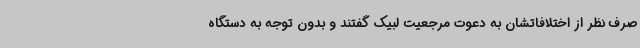
صرف نظر از اختلافاتشان به دعوت مرجعیت لبیک گفتند و بدون توجه به دستگاه